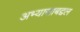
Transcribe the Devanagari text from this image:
अभ्यासाबद्दल